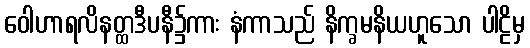
ဝေါဟာရလိနတ္ထဒီပနီ၌ကား နံကာသည် နိက္ခမနိယဟူသော ပါဠိမှ